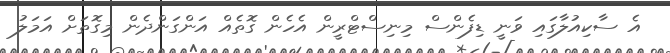
އެ ސާކިއުލާގައި ވަނީ ޑިފެންސް މިިނިސްޓްރީން އެހެން ގޮތެއް އަންގަންދެން މިގޮތަށް އަމަލު